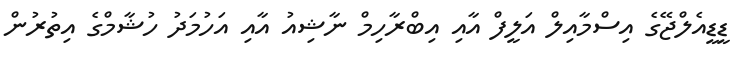
ޑީޑީއެލްޖޭގެ އިސްމާއިލް އަލީފް އާއި އިބްރާހިމް ނާޝިއު އާއި އަހުމަދު ހުޝާމްގެ އިތުރުން